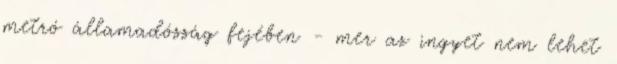
metró államadósság fejében - mer az ingyet nem lehet